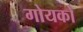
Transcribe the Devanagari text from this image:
गोयको